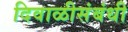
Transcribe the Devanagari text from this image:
दिवाळीसंबंधी